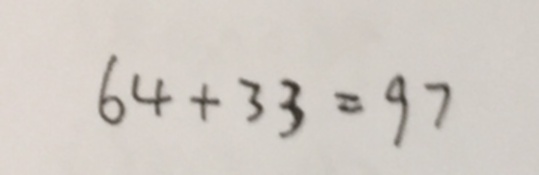
6 4 + 3 3 = 9 7